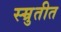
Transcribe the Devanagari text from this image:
स्म्रुतीत